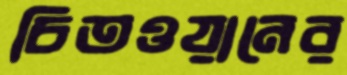
চিতওয়ানের